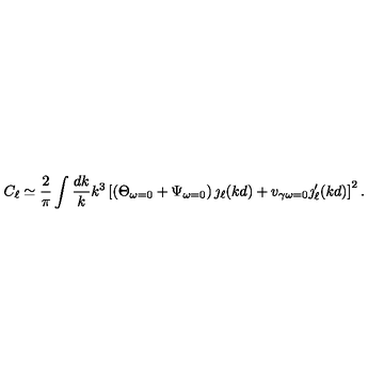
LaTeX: C _ { \ell } \simeq \frac { 2 } { \pi } \int \frac { d k } { k } k ^ { 3 } \left[ \left( \Theta _ { \omega = 0 } + \Psi _ { \omega = 0 } \right) \jmath _ { \ell } ( k d ) + v _ { \gamma \omega = 0 } \jmath _ { \ell } ^ { \prime } ( k d ) \right] ^ { 2 } .